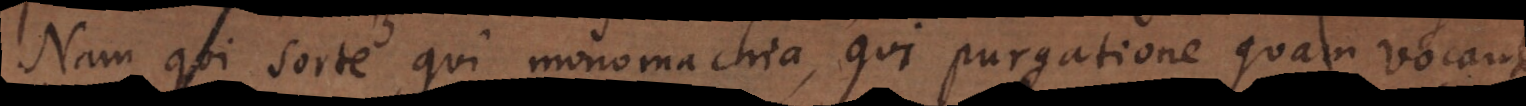
Nam qui sorte, qui monomachia, qui purgatione quam vocant,